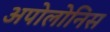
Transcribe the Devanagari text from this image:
अपोलोनिस